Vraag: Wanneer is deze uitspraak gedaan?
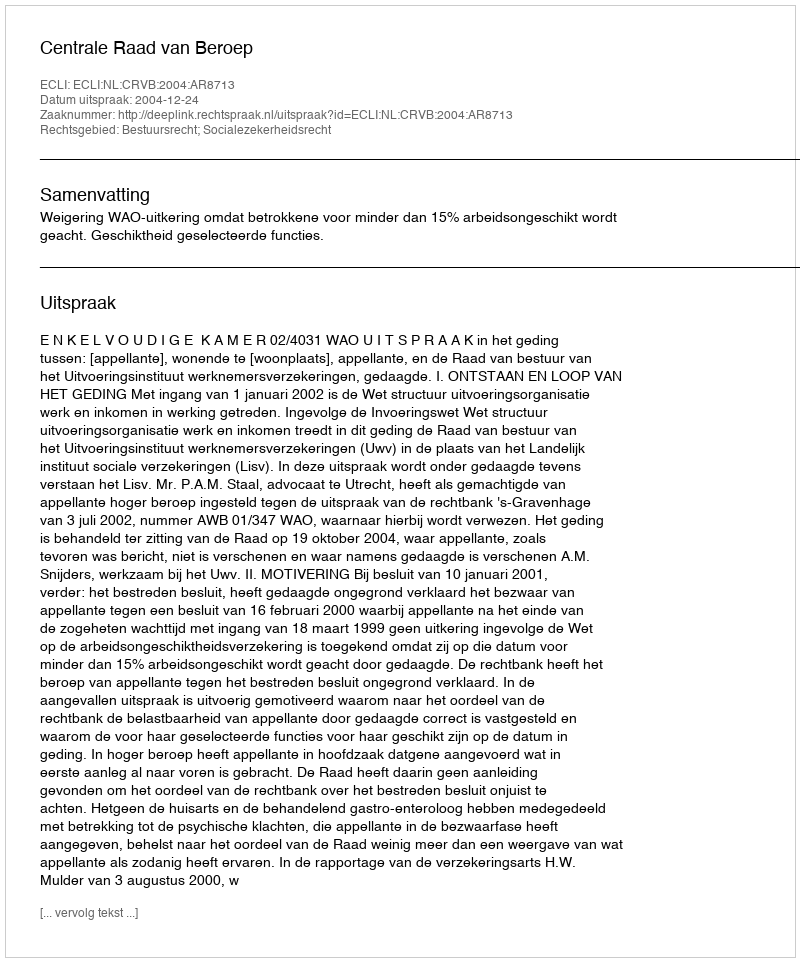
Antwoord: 2004-12-24